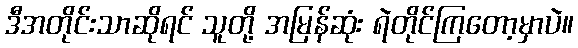
ဒီအတိုင်းသာဆိုရင် သူတို့ အမြန်ဆုံး ရဲတိုင်ကြတော့မှာပဲ။